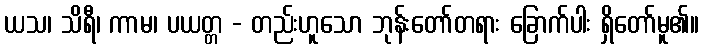
ယသ၊ သိရီ၊ ကာမ၊ ပယတ္တ - တည်းဟူသော ဘုန်းတော်တရား ခြောက်ပါး ရှိတော်မူ၏။